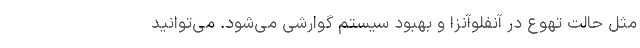
مثل حالت تهوع در آنفلوآنزا و بهبود سیستم گوارشی می‌شود. می‌توانید